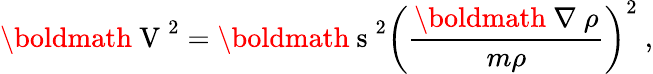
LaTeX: \mathrm{\boldmath~V~}^{2}=\mathrm{\boldmath~s~}^{2}\left(\frac{{\mathrm{\boldmath~\nabla~}}\rho}{m\rho}\right)^{2}\ ,